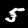
Label: 5